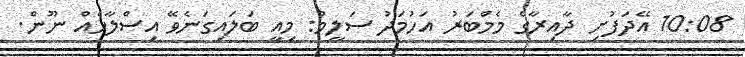
10:08 އޭދަފުށި ދާއިރާގެ މެމްބަރު އަހުމަދު ސަލީމް: މިއީ ބަލައިގަނެވޭ އިސްލާހެއް ނޫން.